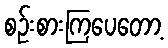
စဉ်းစားကြပေတော့